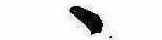
ゝ